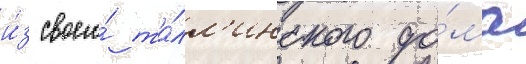
и́з своего́ та́лл'инского до́ма